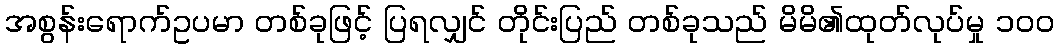
အစွန်းရောက်ဥပမာ တစ်ခုဖြင့် ပြရလျှင် တိုင်းပြည် တစ်ခုသည် မိမိ၏ထုတ်လုပ်မှု ၁၀၀